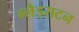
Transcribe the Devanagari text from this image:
ग्लैड्सटन